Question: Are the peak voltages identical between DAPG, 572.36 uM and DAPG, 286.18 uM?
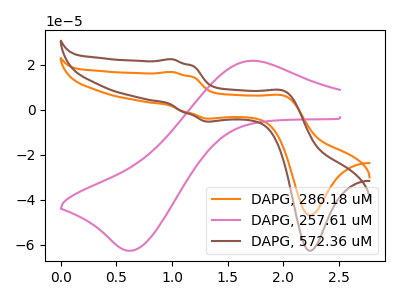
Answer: <think>The orange curve "DAPG, 286.18 uM" has anodic peaks at (1.00V, 16.85uA) (2.00V, 6.05uA) and cathodic peaks at (1.35V, -3.90uA) (2.25V, -46.90uA). The pink curve "DAPG, 257.61 uM" has an anodic peak at (1.70V, 21.80uA) and a cathodic peak at (0.65V, -62.55uA). The brown curve "DAPG, 572.36 uM" has anodic peaks at (1.00V, 22.50uA) (2.00V, 8.10uA) and cathodic peaks at (1.35V, -5.20uA) (2.25V, -62.60uA).</think>
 <answer>Yes, "DAPG, 572.36 uM" have a peak in "DAPG, 286.18 uM" at the same potential.</answer>
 <eval>match</eval>